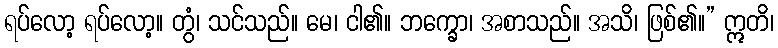
ရပ်လော့ ရပ်လော့။ တွံ၊ သင်သည်။ မေ၊ ငါ၏။ ဘက္ခော၊ အစာသည်။ အသိ၊ ဖြစ်၏။” ဣတိ၊